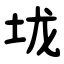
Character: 垅